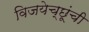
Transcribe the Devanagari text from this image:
विजयेच्छूंची